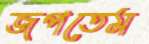
জপতেম